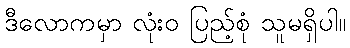
ဒီလောကမှာ လုံးဝ ပြည့်စုံ သူမရှိပါ။